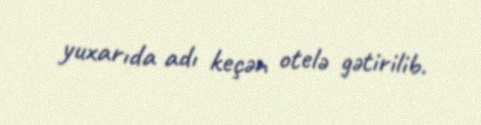
yuxarıda adı keçən otelə gətirilib.